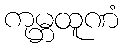
ကုမ္ဘထူဏံ